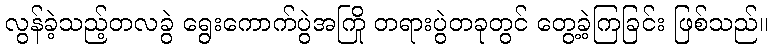
လွန်ခဲ့သည့်တလခွဲ ရွေးကောက်ပွဲအကြို တရားပွဲတခုတွင် တွေ့ခဲ့ကြခြင်း ဖြစ်သည်။